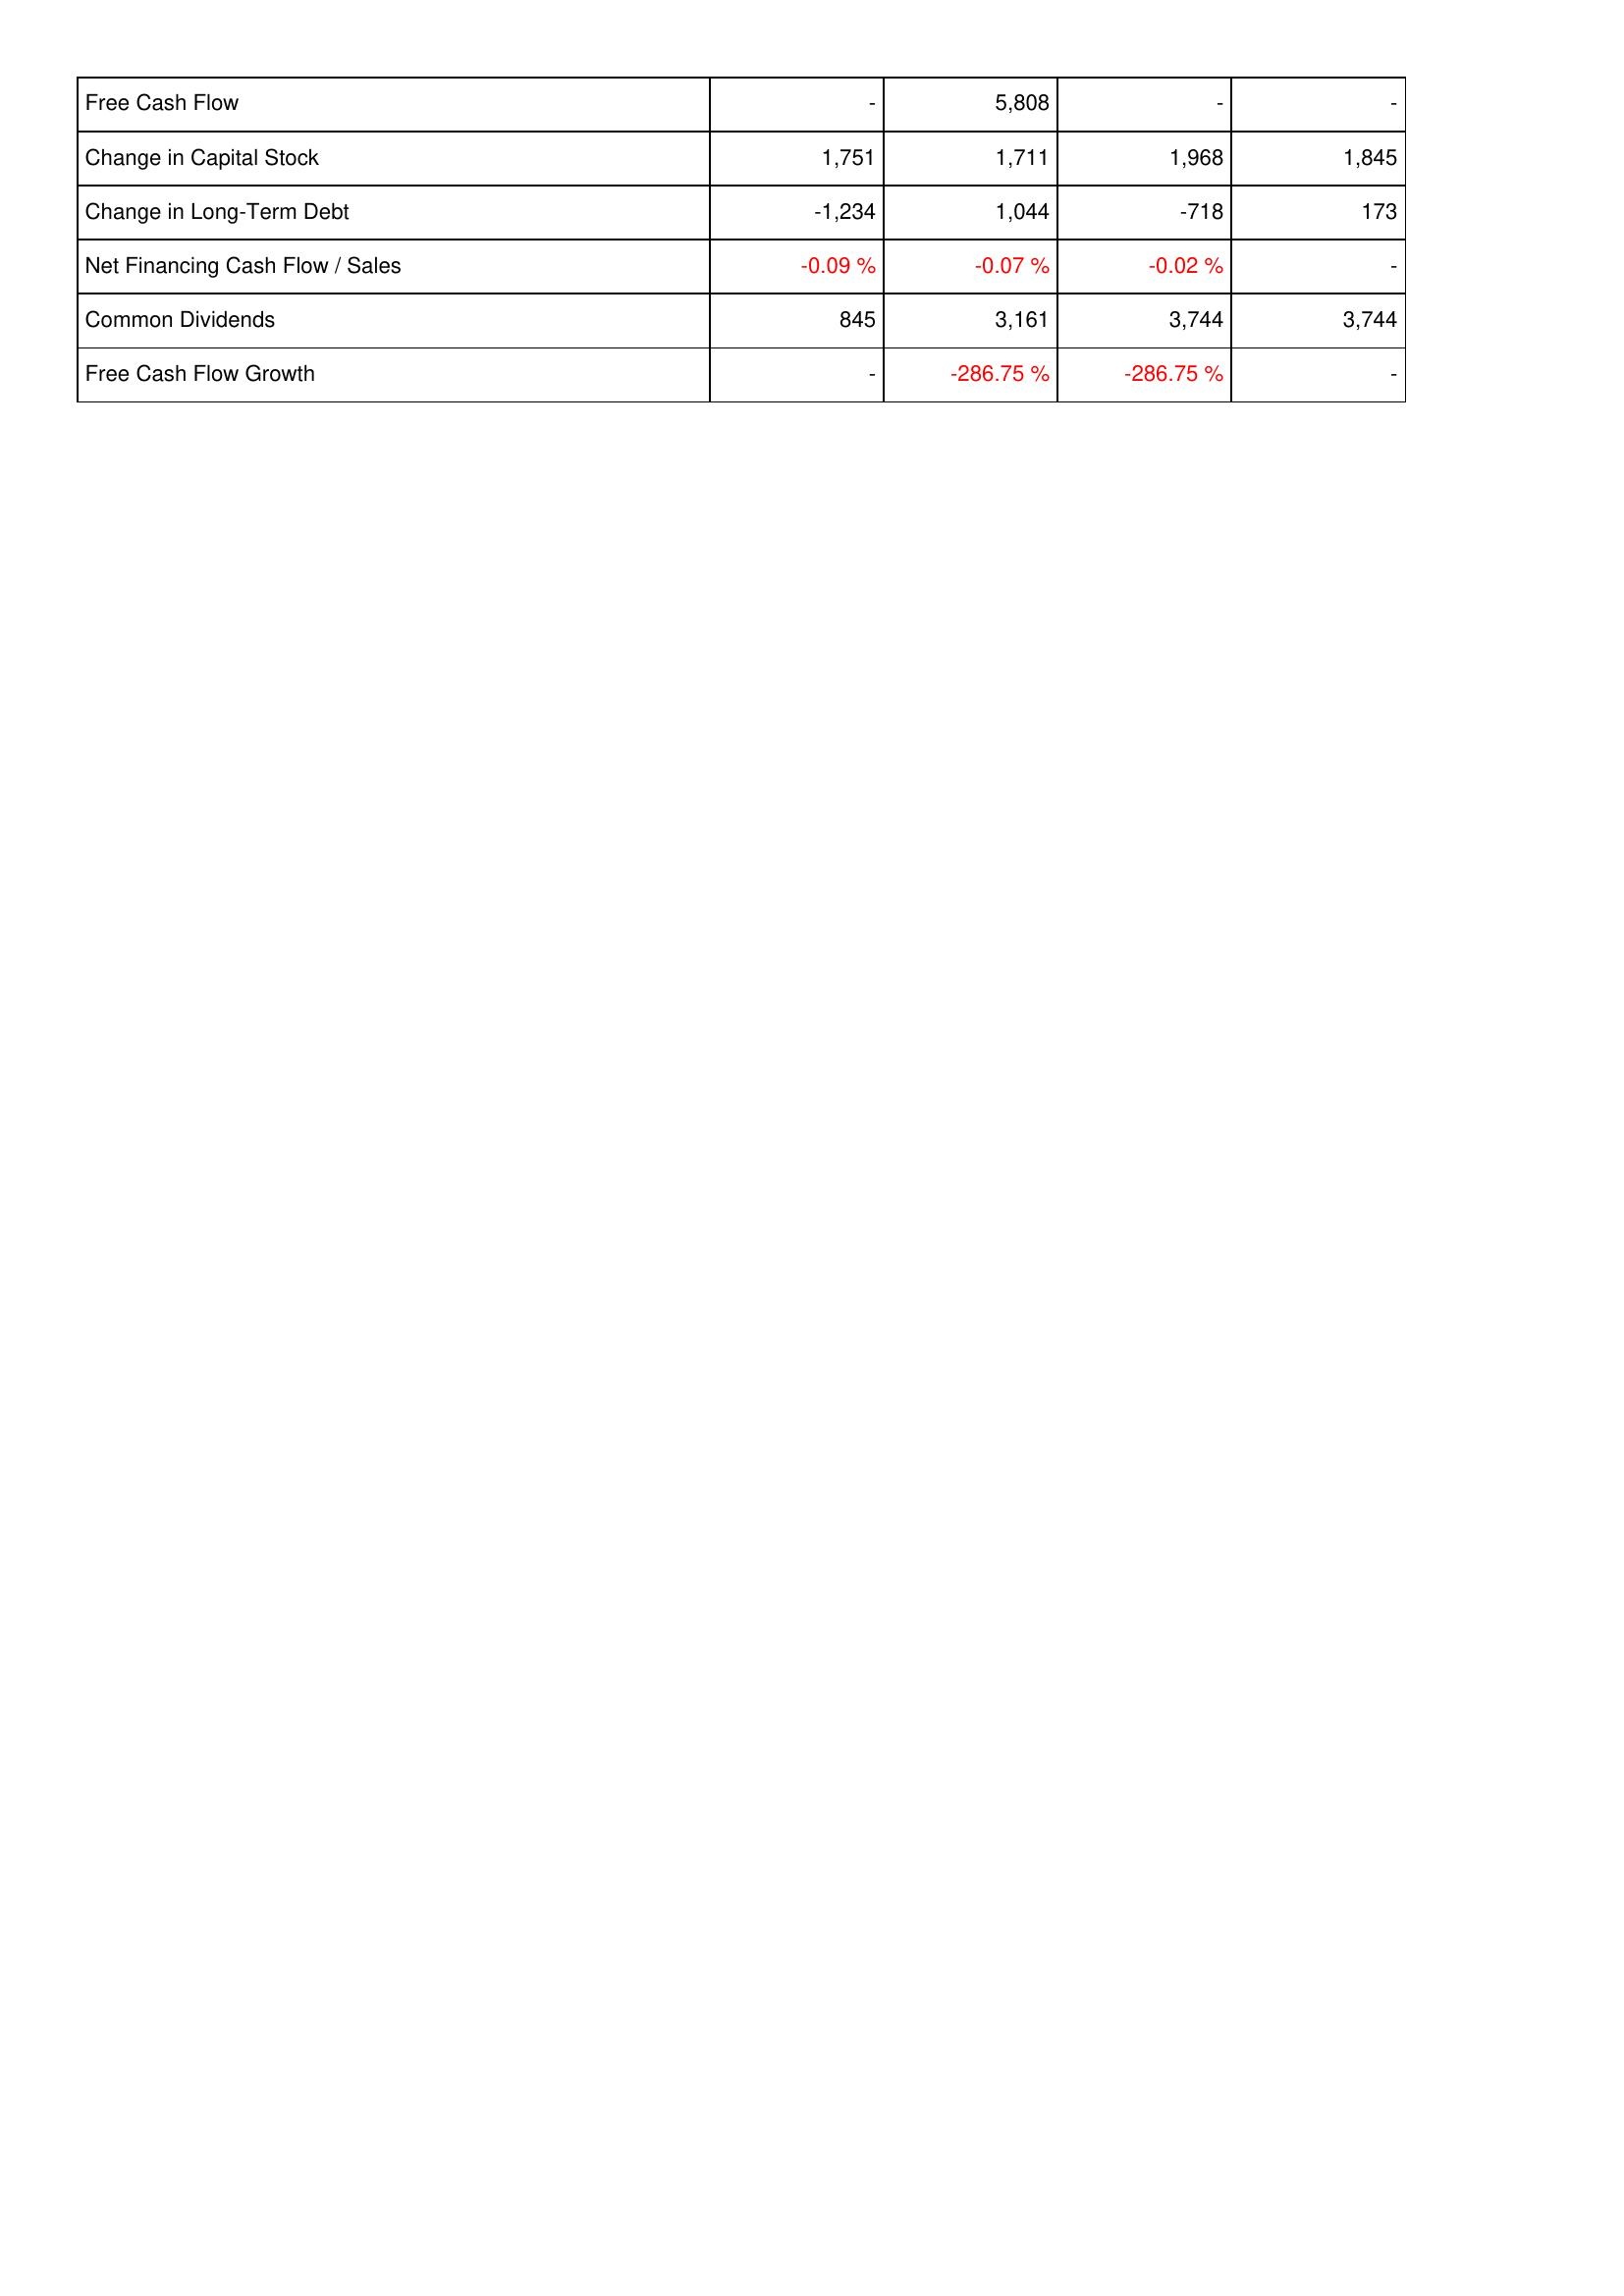
2011: Financing Activities: Free Cash Flow: -
Change in Capital Stock: 1,751
Change in Long-Term Debt: -1,234
Net Financing Cash Flow / Sales: -0.09 %
Common Dividends: 845
Free Cash Flow Growth: -
2010: Financing Activities: Free Cash Flow: 5,808
Change in Capital Stock: 1,711
Change in Long-Term Debt: 1,044
Net Financing Cash Flow / Sales: -0.07 %
Common Dividends: 3,161
Free Cash Flow Growth: -286.75 %
2009: Financing Activities: Free Cash Flow: -
Change in Capital Stock: 1,968
Change in Long-Term Debt: -718
Net Financing Cash Flow / Sales: -0.02 %
Common Dividends: 3,744
Free Cash Flow Growth: -286.75 %
2008: Financing Activities: Free Cash Flow: -
Change in Capital Stock: 1,845
Change in Long-Term Debt: 173
Net Financing Cash Flow / Sales: -
Common Dividends: 3,744
Free Cash Flow Growth: -